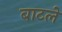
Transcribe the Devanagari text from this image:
बाटले